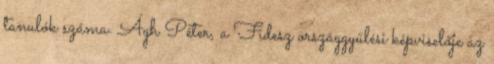
tanulók száma. Ágh Péter, a Fidesz országgyűlési képviselője az